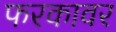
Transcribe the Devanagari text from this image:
फरकावर